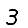
Digit: 3